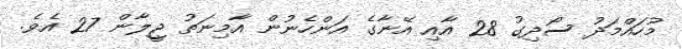
މުހައްމަދު ސޯދިގު 28 އާއި އޭނާގެ އަންހެނުން އާމިނަތު ޖީލާން 27 އެވެ.